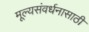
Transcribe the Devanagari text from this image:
मूल्यसंवर्धनासाठी